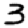
Digit: 3